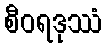
စီဝရဒုဿံ